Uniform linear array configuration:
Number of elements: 48
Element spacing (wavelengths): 1
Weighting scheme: hann
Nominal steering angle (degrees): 45
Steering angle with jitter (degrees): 46.896
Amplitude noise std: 0.05
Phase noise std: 0.05

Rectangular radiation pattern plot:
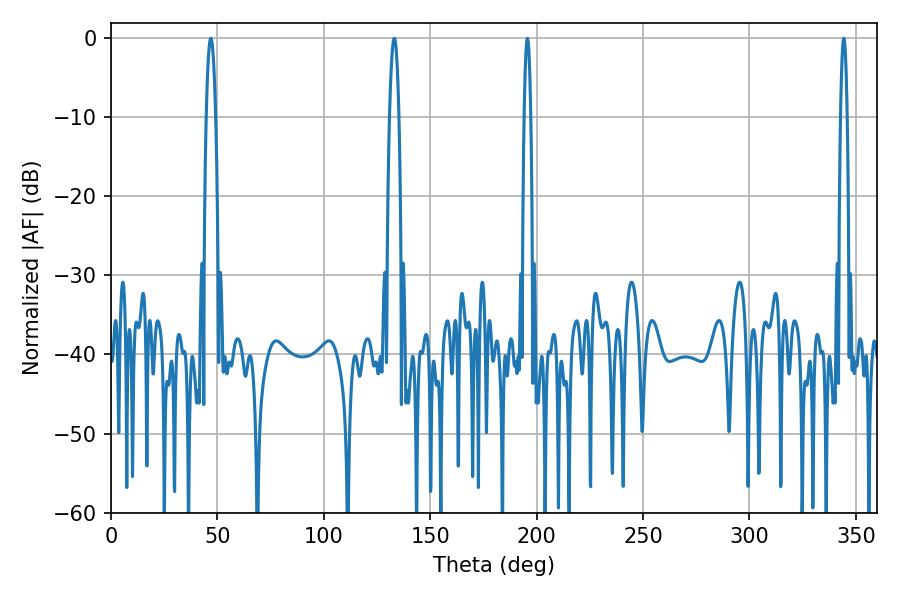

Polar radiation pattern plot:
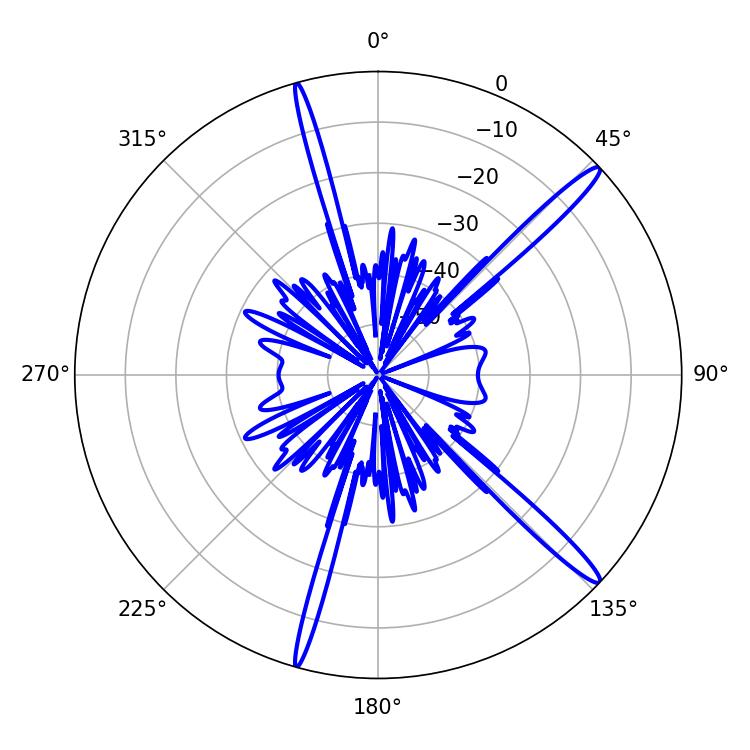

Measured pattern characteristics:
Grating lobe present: TRUE
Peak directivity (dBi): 16.019
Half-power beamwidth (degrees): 1.8
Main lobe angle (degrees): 195.66